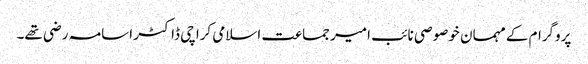
پروگرام کے مہمان خوصوصی نائب امیر جماعت اسلامی کراچی ڈاکٹر اسامہ رضی تھے۔